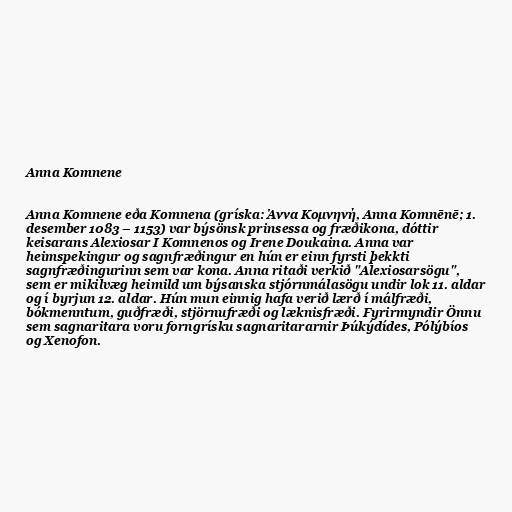
Anna Komnene

Anna Komnene eða Komnena (gríska: Άννα Κομνηνή, Anna Komnēnē; 1.
desember 1083 – 1153) var býsönsk prinsessa og fræðikona, dóttir
keisarans Alexiosar I Komnenos og Irene Doukaina. Anna var
heimspekingur og sagnfræðingur en hún er einn fyrsti þekkti
sagnfræðingurinn sem var kona. Anna ritaði verkið "Alexiosarsögu",
sem er mikilvæg heimild um býsanska stjórnmálasögu undir lok 11. aldar
og í byrjun 12. aldar. Hún mun einnig hafa verið lærð í málfræði,
bókmenntum, guðfræði, stjörnufræði og læknisfræði. Fyrirmyndir Önnu
sem sagnaritara voru forngrísku sagnaritararnir Þúkýdídes, Pólýbíos
og Xenofon.